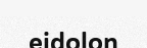
eidolon